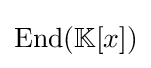
\operatorname {End} (\mathbb {K} [x])